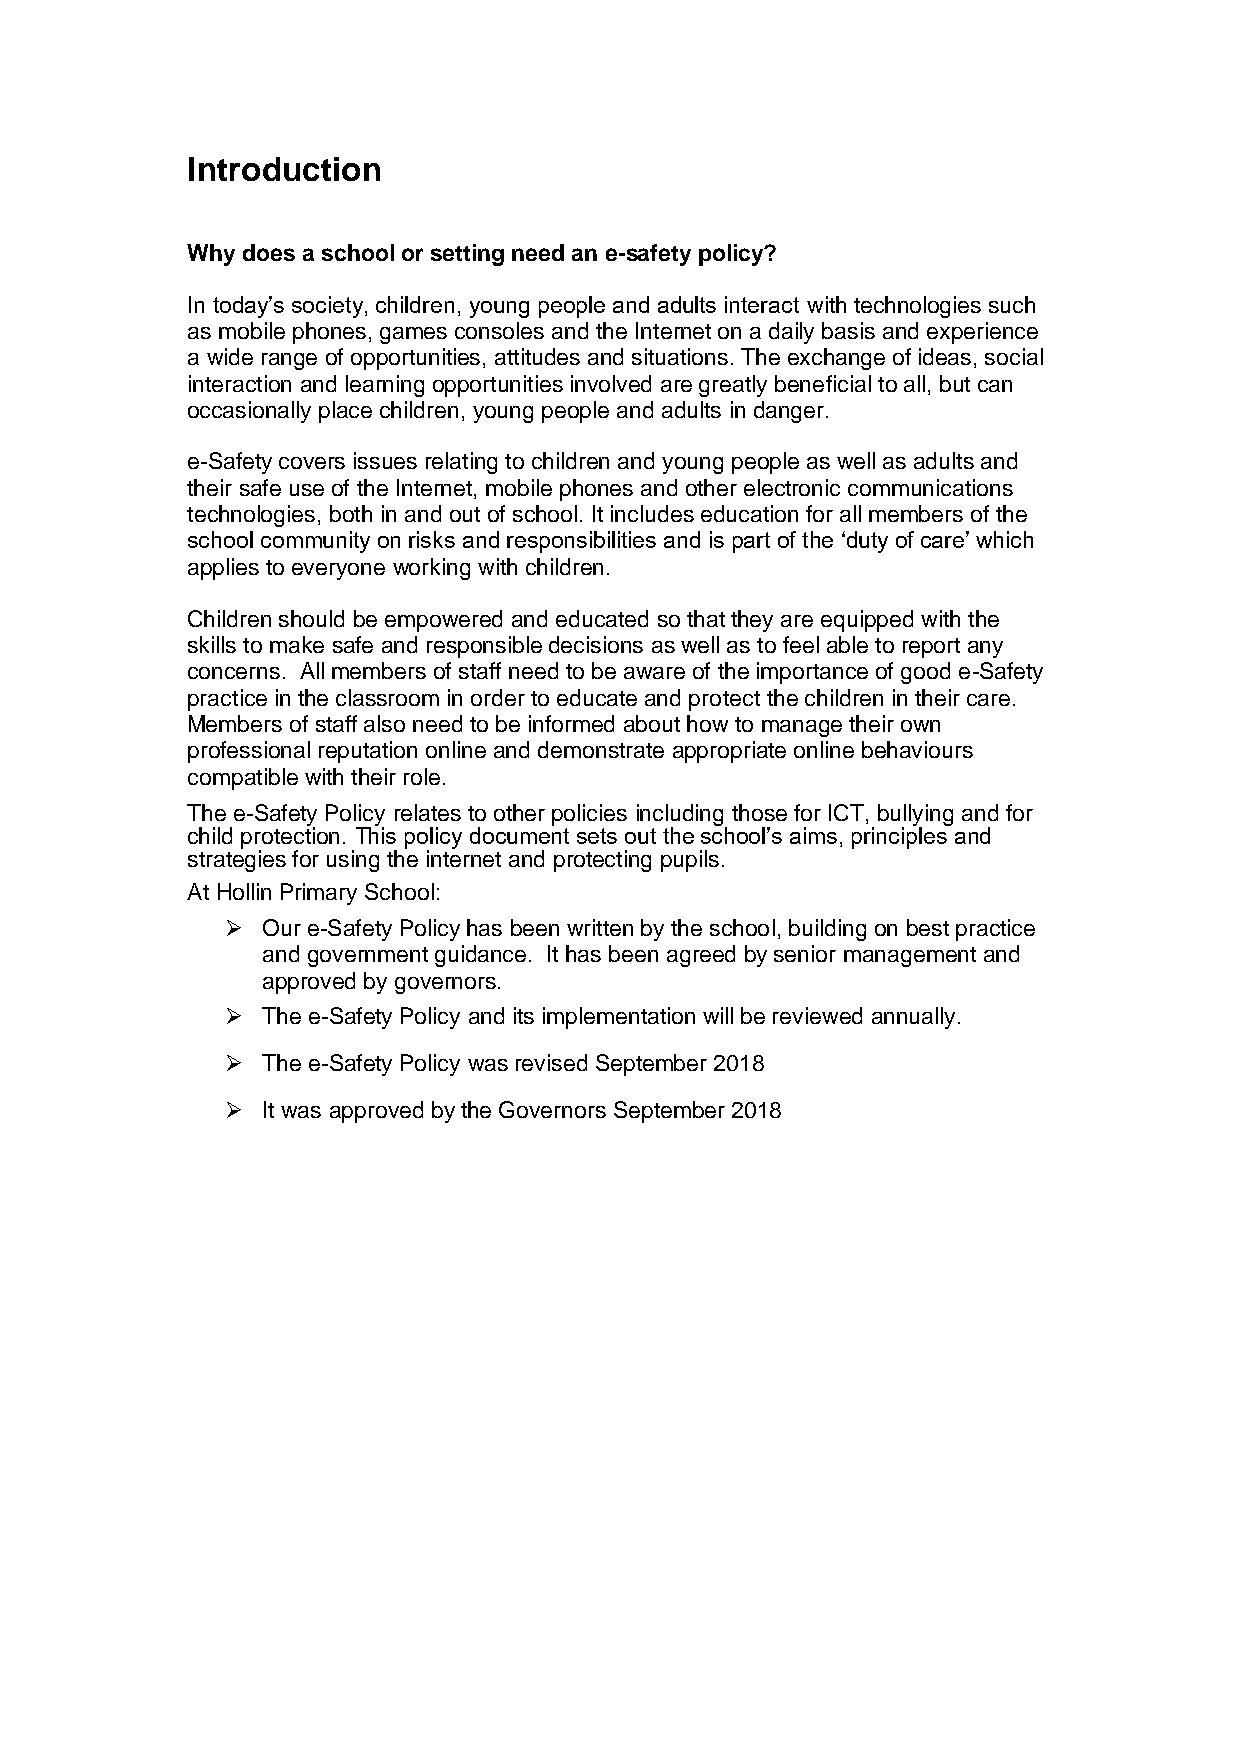
Introduction
 Why does a school or setting need an e-safety policy?
 In today’s society, children, young people and adults interact with technologies such
 as mobile phones, games consoles and the Internet on a daily basis and experience
 a wide range of opportunities, attitudes and situations. The exchange of ideas, social
 interaction and learning opportunities involved are greatly beneficial to all, but can
 occasionally place children, young people and adults in danger.
 e-Safety covers issues relating to children and young people as well as adults and
 their safe use of the Internet, mobile phones and other electronic communications
 technologies, both in and out of school. It includes education for all members of the
 school community on risks and responsibilities and is part of the ‘duty of care’ which
 applies to everyone working with children.
 Children should be empowered and educated so that they are equipped with the
 skills to make safe and responsible decisions as well as to feel able to report any
 concerns. All members of staff need to be aware of the importance of good e-Safety
 practice in the classroom in order to educate and protect the children in their care.
 Members of staff also need to be informed about how to manage their own
 professional reputation online and demonstrate appropriate online behaviours
 compatible with their role.
 The e-Safety Policy relates to other policies including those for ICT, bullying and for
 child protection. This policy document sets out the school’s aims, principles and
 strategies for using the internet and protecting pupils.
 At Hollin Primary School:
  Our e-Safety Policy has been written by the school, building on best practice
 and government guidance. It has been agreed by senior management and
 approved by governors.
  The e-Safety Policy and its implementation will be reviewed annually.
  The e-Safety Policy was revised September 2018
  It was approved by the Governors September 2018